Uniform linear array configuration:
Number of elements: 8
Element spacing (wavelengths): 0.75
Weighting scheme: binomial
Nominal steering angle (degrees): -45
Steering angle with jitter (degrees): -45.974
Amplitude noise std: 0.05
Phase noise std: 0.05

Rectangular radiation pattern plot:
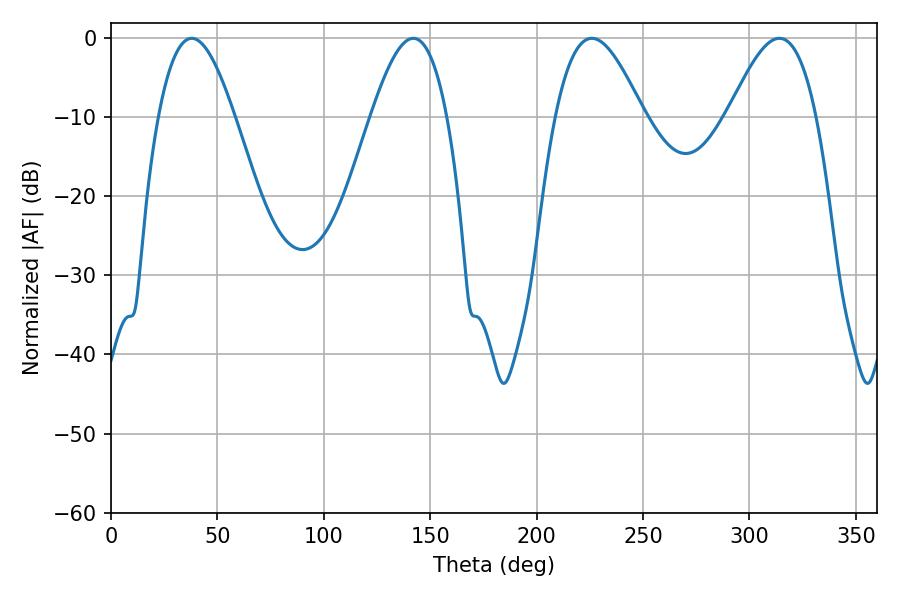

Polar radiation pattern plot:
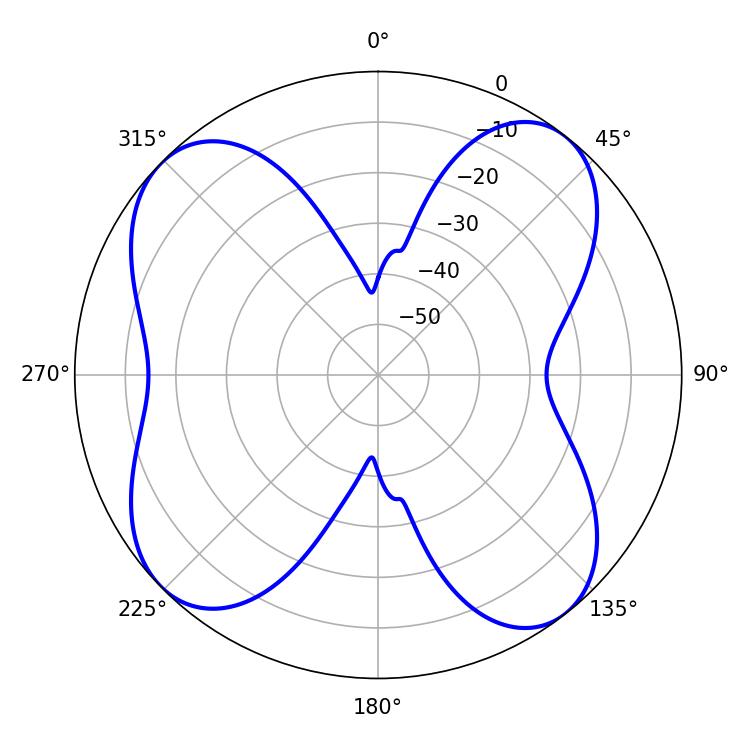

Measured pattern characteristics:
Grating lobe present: TRUE
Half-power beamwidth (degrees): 22.32
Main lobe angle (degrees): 225.9